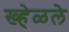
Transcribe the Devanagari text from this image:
ख्हेळले